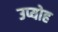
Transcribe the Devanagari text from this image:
उप्योह